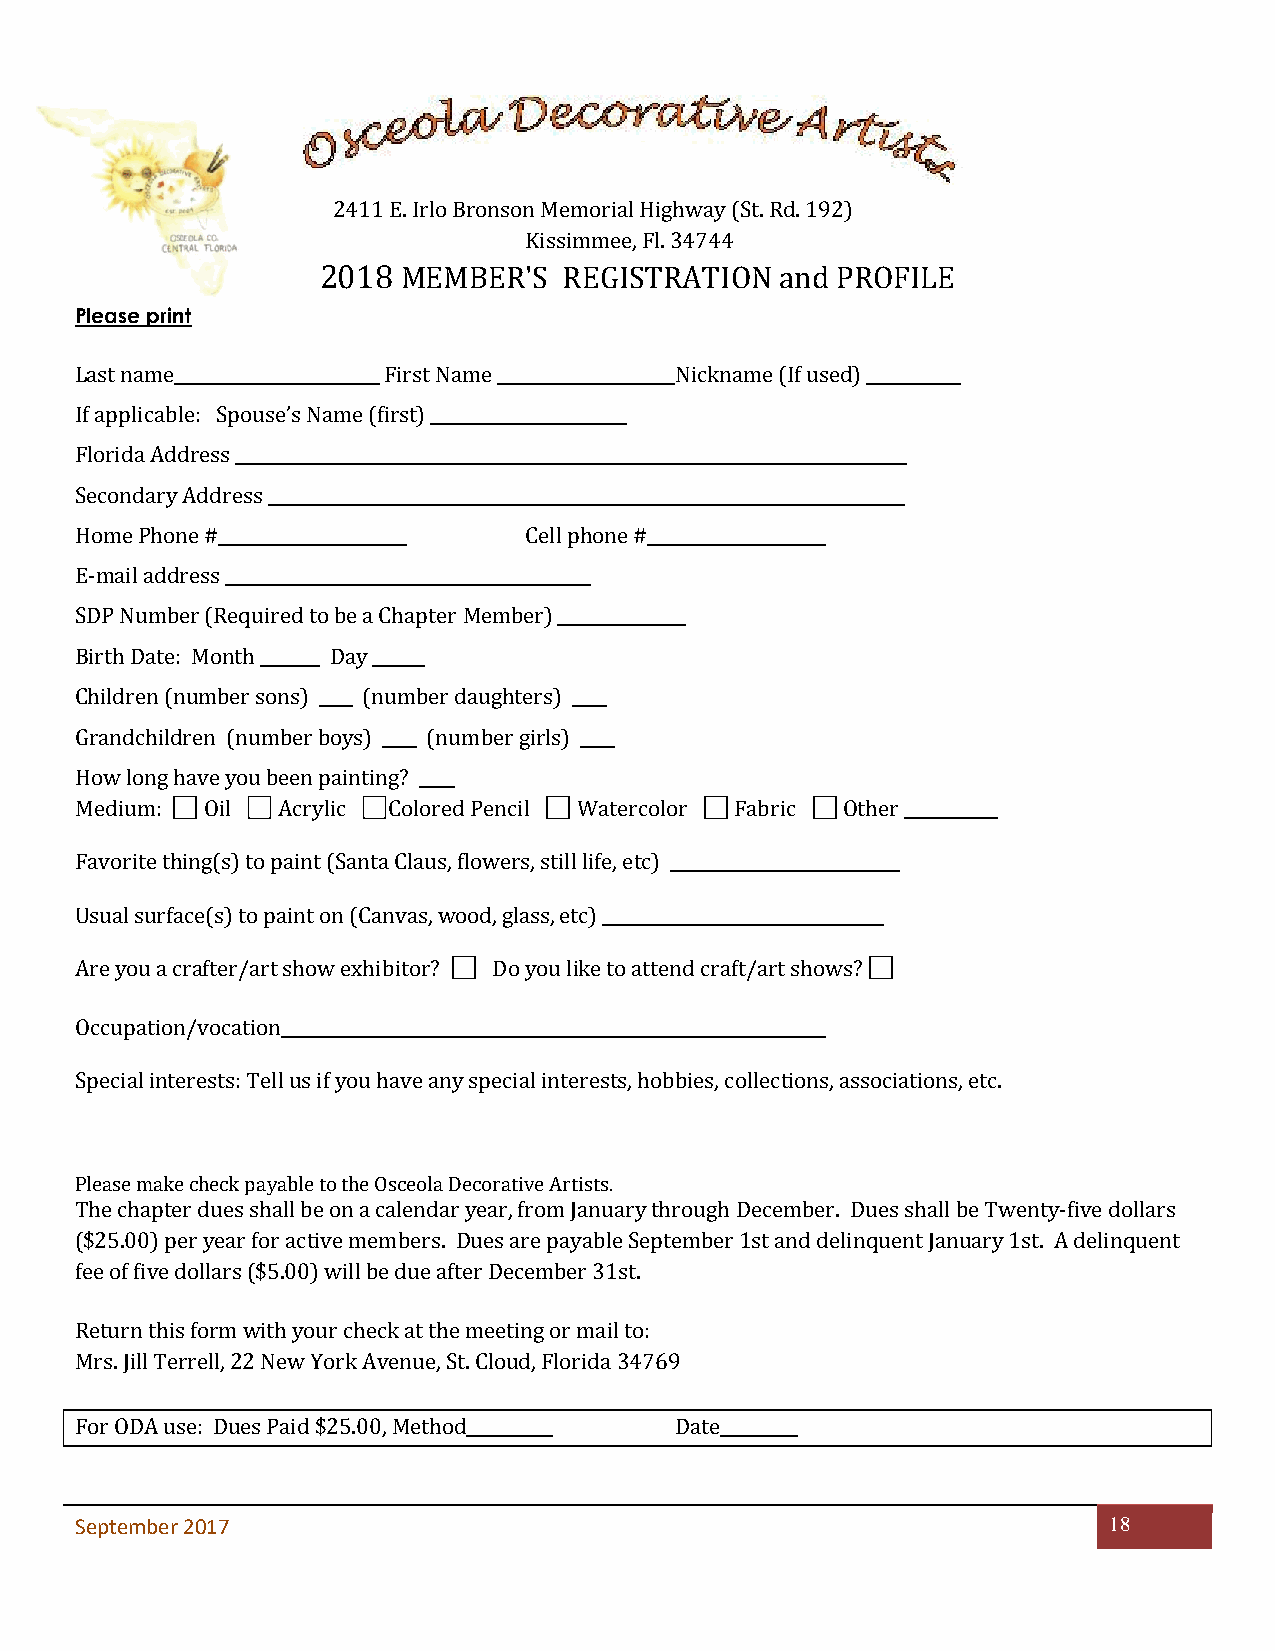
r
 2411 E. Irlo Bronson Memorial Highway (St. Rd. 192)
 Kissimmee, Fl. 34744
 2018  MEMBER'S  REGISTRATION   and PROFILE
 Please print
 Last name________________________ First Name _____________________Nickname (If used) ___________
 If applicable: Spouse’s Name (first) _______________________
 Florida Address _______________________________________________________________________________
 Secondary Address ___________________________________________________________________________
 Home Phone #______________________ Cell phone #_____________________
 E-mail address ___________________________________________
 SDP Number (Required to be a Chapter Member) _______________
 Birth Date: Month _______ Day ______
 Children (number sons) ____ (number daughters) ____
 Grandchildren (number boys) ____ (number girls) ____
 How long have you been painting? ____
 Medium: Oil  Acrylic Colored Pencil Watercolor Fabric Other ___________
 Favorite thing(s) to paint (Santa Claus, flowers, still life, etc) ___________________________
 Usual surface(s) to paint on (Canvas, wood, glass, etc) _________________________________
 Are you a crafter/art show exhibitor? Do you like to attend craft/art shows?
 Occupation/vocation________________________________________________________________
 Special interests: Tell us if you have any special interests, hobbies, collections, associations, etc.
 Please make check payable to the Osceola Decorative Artists.
 The chapter dues shall be on a calendar year, from January through December. Dues shall be Twenty-five dollars
 ($25.00) per year for active members. Dues are payable September 1st and delinquent January 1st. A delinquent
 fee of five dollars ($5.00) will be due after December 31st.
 Return this form with your check at the meeting or mail to:
 Mrs. Jill Terrell, 22 New York Avenue, St. Cloud, Florida 34769
 For ODA use: Dues Paid $25.00, Method__________ Date_________
 September 2017                                                      18